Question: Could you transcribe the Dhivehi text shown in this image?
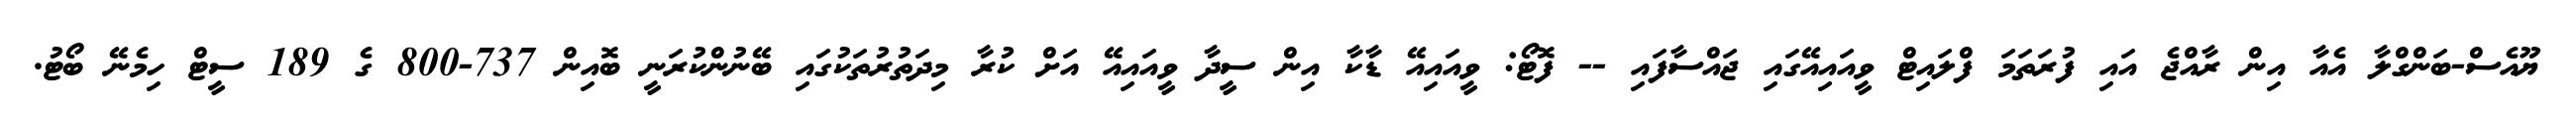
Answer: ޔޫއެސް-ބަންގްލާ އެއާ އިން ރާއްޖެ އައި ފުރަތަމަ ފްލައިޓް ވީއައިއޭގައި ޖައްސާފައި -- ފޮޓޯ: ވީއައިއޭ ޑާކާ އިން ސީދާ ވީއައިއޭ އަށް ކުރާ މިދަތުރުތަކުގައި ބޭނުންކުރަނީ ބޮއިން 737-800 ގެ 189 ސީޓް ހިމެނޭ ބޯޓު.